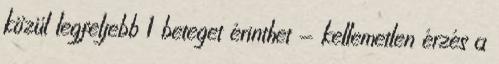
közül legfeljebb 1 beteget érinthet - kellemetlen érzés a